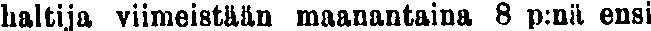
haltija viimeistään maanantaina 8 p:nä ensi